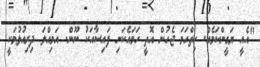
"އެއީ ޔަގީންކަމެއް. ހިތްހަމަ ޖެހުން އޮތީ ހަމައެކަނި ފައިސާއަކު ނޫން. އަމިއްލަ ދިރިއުޅުމަކީ